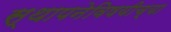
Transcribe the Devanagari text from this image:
स्थापनेविषयीच्या